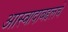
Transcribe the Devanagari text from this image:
आस्वादाबद्दलचे